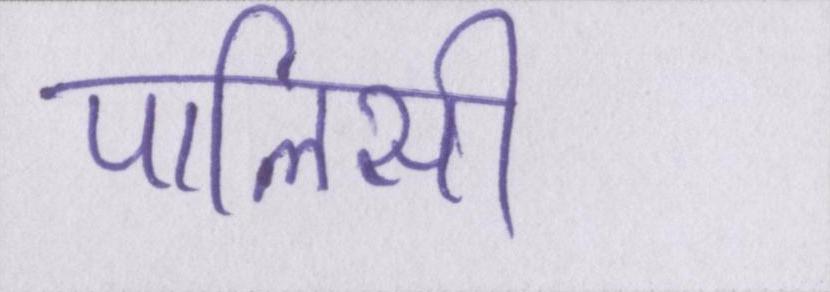
पालिसी